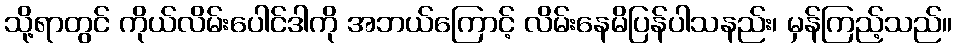
သို့ရာတွင် ကိုယ်လိမ်းပေါင်ဒါကို အဘယ်ကြောင့် လိမ်းနေမိပြန်ပါသနည်း၊ မှန်ကြည့်သည်။